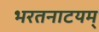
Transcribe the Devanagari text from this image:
भरतनाटयम्